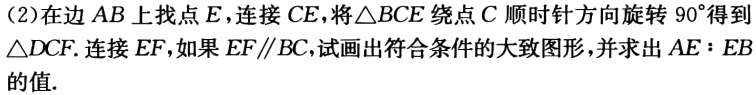
(2)在边 \(AB\) 上找点 \(E\)，连接 \(CE\)，将\(\triangle BCE\) 绕点 \(C\) 顺时针方向旋转 \(90^{\circ}\)得到\(\triangle DCF\). 连接 \(EF\)，如果 \(EF\parallel BC\)，试画出符合条件的大致图形，并求出 \(AE:EB\)的值.